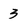
Character: 3